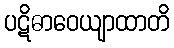
ပဋိဓာဝေယျာထာတိ